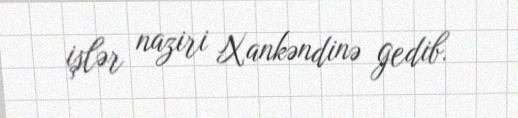
işlər naziri Xankəndinə gedib.